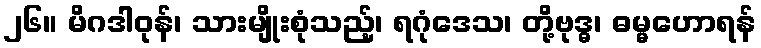
၂၆။ မိဂဒါဝုန်၊ သားမျိုးစုံသည့်၊ ရဂုံဒေသ၊ တို့ဗုဒ္ဓ၊ ဓမ္မဟောရန်